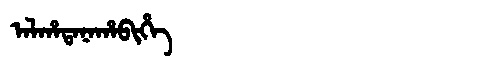
Manchu: ᠠᠯᡥᠠᡨᠠᠨᠠᡥᠠᠪᡳᡥᡝ
Romanization: ALHATANAHABIHE